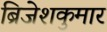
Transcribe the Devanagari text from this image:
ब्रिजेशकुमार